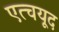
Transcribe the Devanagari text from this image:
एत्चयूद